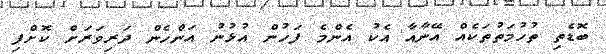
ބޮޑެތި ތުހުމަތުތަކެއް އޭނާއާ އެކު އެންމެ ފަހުން އުޅުނު އަންހެން ދަރިވަރަށް ކޮށްފި